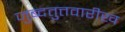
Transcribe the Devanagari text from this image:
जुब्दतुत्तवारीख